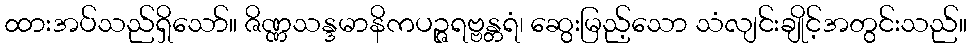
ထားအပ်သည်ရှိသော်။ ဇိဏ္ဏသန္ဒမာနိကပဉ္ဇရဗ္ဗန္တရံ၊ ဆွေးမြည့်သော သံလျင်းချိုင့်အတွင်းသည်။